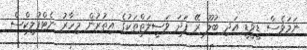
ނަމަވެސް ޑީވީޑީ އަދި ބުލޫ ރޭ ފަދަ ވަސީލަތްތަކުގެ އިތުރުން މިހާރު ނެޓްފުލިކްސް